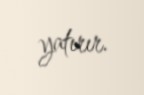
yatırır.